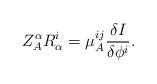
LaTeX: \begin{align*}Z^{ \alpha}_A R^{i}_\alpha = \mu^{ij}_A\frac{\delta I}{\delta \phi^i}.\end{align*}